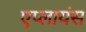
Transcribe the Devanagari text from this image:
एप्लायंस